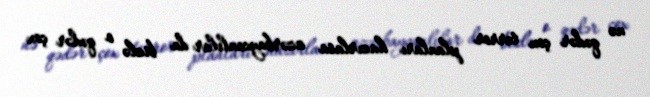
nə qədər çox terror planları hazırlasa azərbaycanlılar da bizlə o qədər çox